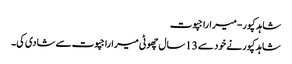
شاہد کپور-میراراجپوت
شاہدکپورنے خود سے 13سال چھوٹی میراراجپوت سے شادی کی۔